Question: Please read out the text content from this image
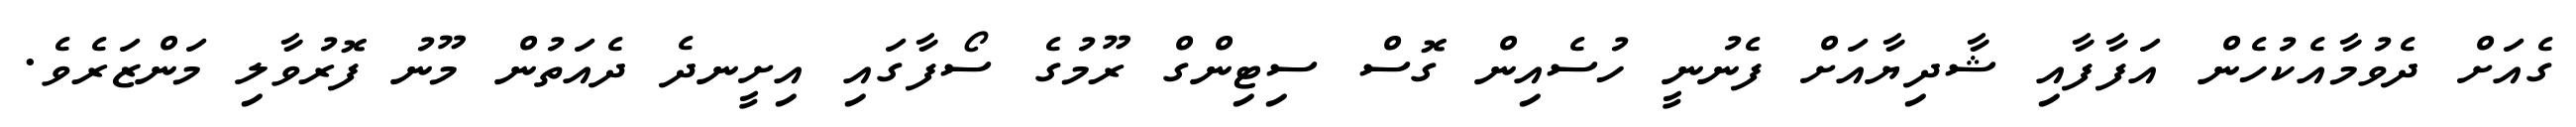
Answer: ގެއަށް ދެވުމާއެކުހެން އަފާފާއި ޝާދިޔާއަށް ފެނުނީ ހުސެއިން ގޮސް ސިޓިންގް ރޫމުގެ ސޯފާގައި އިށީނދެ ދެއަތުން މޫނު ފޮރުވާލި މަންޒަރެވެ.